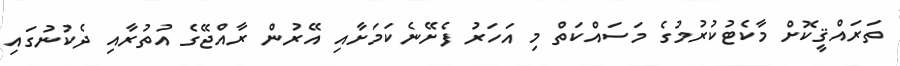
ތަރައްޤީކޮށް މާކެޓުކުރުމުގެ މަސައްކަތް މި އަހަރު ފެށޭނެކަމަށާއި އޭރުން ރާއްޖޭގެ އުތުރާއި ދެކުނުގައި